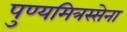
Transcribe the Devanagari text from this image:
पुण्यमित्रस्सेना